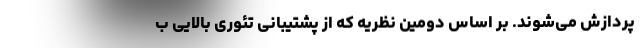
پردازش می‌شوند. بر اساس دومین نظریه که از پشتیبانی تئوری بالایی ب